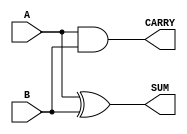
module HalfAdder #(
    parameter WIDTH = 1  // Parameter to set the bit width of inputs
) (
    input  [WIDTH-1:0] A,  // Input A
    input  [WIDTH-1:0] B,  // Input B
    output [WIDTH-1:0] SUM, // Output SUM
    output [WIDTH-1:0] CARRY // Output CARRY
);

    // Calculate SUM using bitwise XOR
    assign SUM = A ^ B;

    // Calculate CARRY using bitwise AND
    assign CARRY = A & B;

endmodule